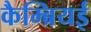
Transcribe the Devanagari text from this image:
कैम्ब्रियई